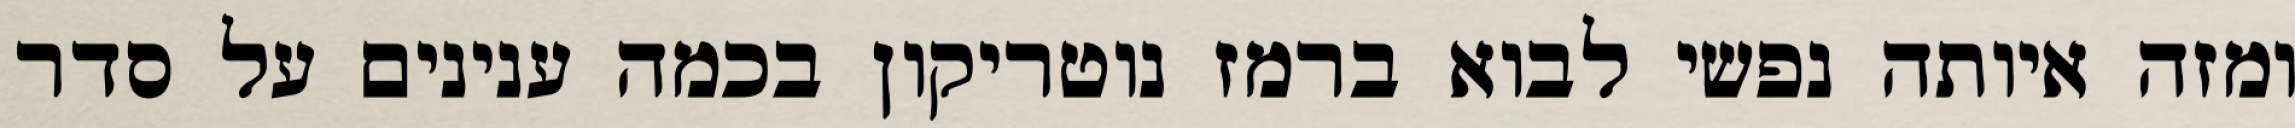
ומזה איותה נפשי לבוא ברמז נוטריקון בכמה ענינים על סדר